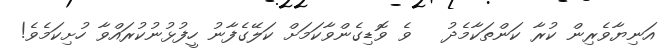
އަނިޔާވެރިން ކުރާ ކަންތަކާމެދު   ވެ ވޮޑިގެންވާކަމަށް ކަލޭގެފާނު ހީފުޅުނުކުރައްވާ ހުށިކަމެވެ!